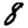
Digit: 8